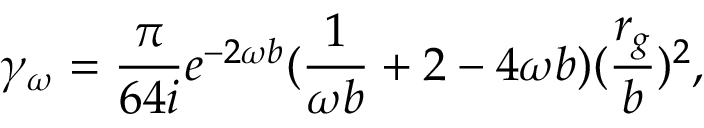
\gamma _ { \omega } = \frac { \pi } { 6 4 i } e ^ { - 2 \omega b } ( \frac { 1 } { \omega b } + 2 - 4 \omega b ) ( \frac { r _ { g } } { b } ) ^ { 2 } ,